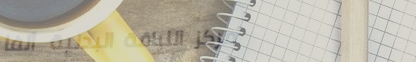
مركز اللياقة البدنية ألفا